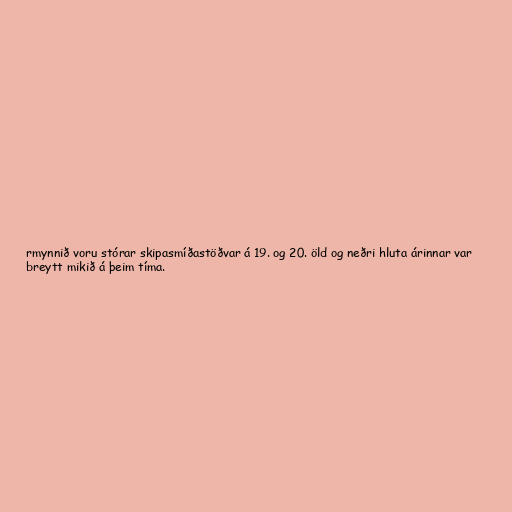
rmynnið voru stórar skipasmíðastöðvar á 19. og 20. öld og neðri hluta árinnar var
breytt mikið á þeim tíma.